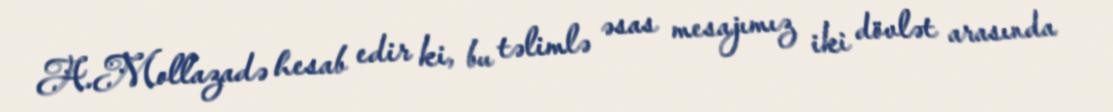
A.Mollazadə hesab edir ki, bu təlimlə əsas mesajımız iki dövlət arasında